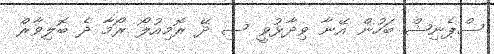
ސްޕެނިޝް ބަހުން އޭނާ ވިދާޅުވީ ސި ދޭ ރޮމިއުލޯ ރޯމާ ދެ ބޮލިވާރް